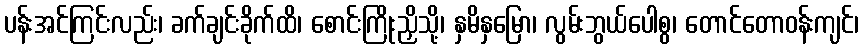
ပန်းအင်ကြင်းလည်း၊ ခက်ချင်းခိုက်ထိ၊ စောင်းကြိုးညှိသို့၊ နှမိနှမြော၊ လွမ်းဘွယ်ပေါစွ၊ တောင်တောဝန်းကျင်၊